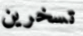
تسخرين